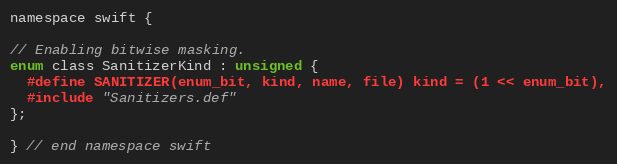
Language: C
namespace swift {

// Enabling bitwise masking.
enum class SanitizerKind : unsigned {
  #define SANITIZER(enum_bit, kind, name, file) kind = (1 << enum_bit),
  #include "Sanitizers.def"
};

} // end namespace swift